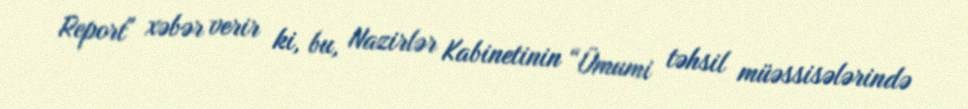
Report" xəbər verir ki, bu, Nazirlər Kabinetinin “Ümumi təhsil müəssisələrində